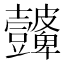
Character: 𭅮